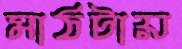
মাঠটায়